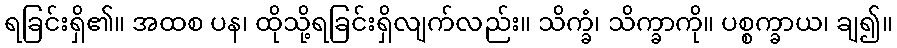
ရခြင်းရှိ၏။ အထစ ပန၊ ထိုသို့ရခြင်းရှိလျက်လည်း။ သိက္ခံ၊ သိက္ခာကို။ ပစ္စက္ခာယ၊ ချ၍။